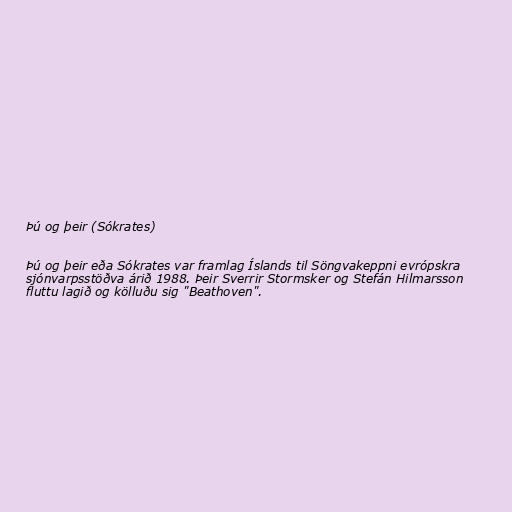
Þú og þeir (Sókrates)

Þú og þeir eða Sókrates var framlag Íslands til Söngvakeppni evrópskra
sjónvarpsstöðva árið 1988. Þeir Sverrir Stormsker og Stefán Hilmarsson
fluttu lagið og kölluðu sig "Beathoven".